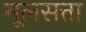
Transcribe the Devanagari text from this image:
मूलसत्ता